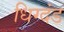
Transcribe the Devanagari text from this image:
धिग्दंड